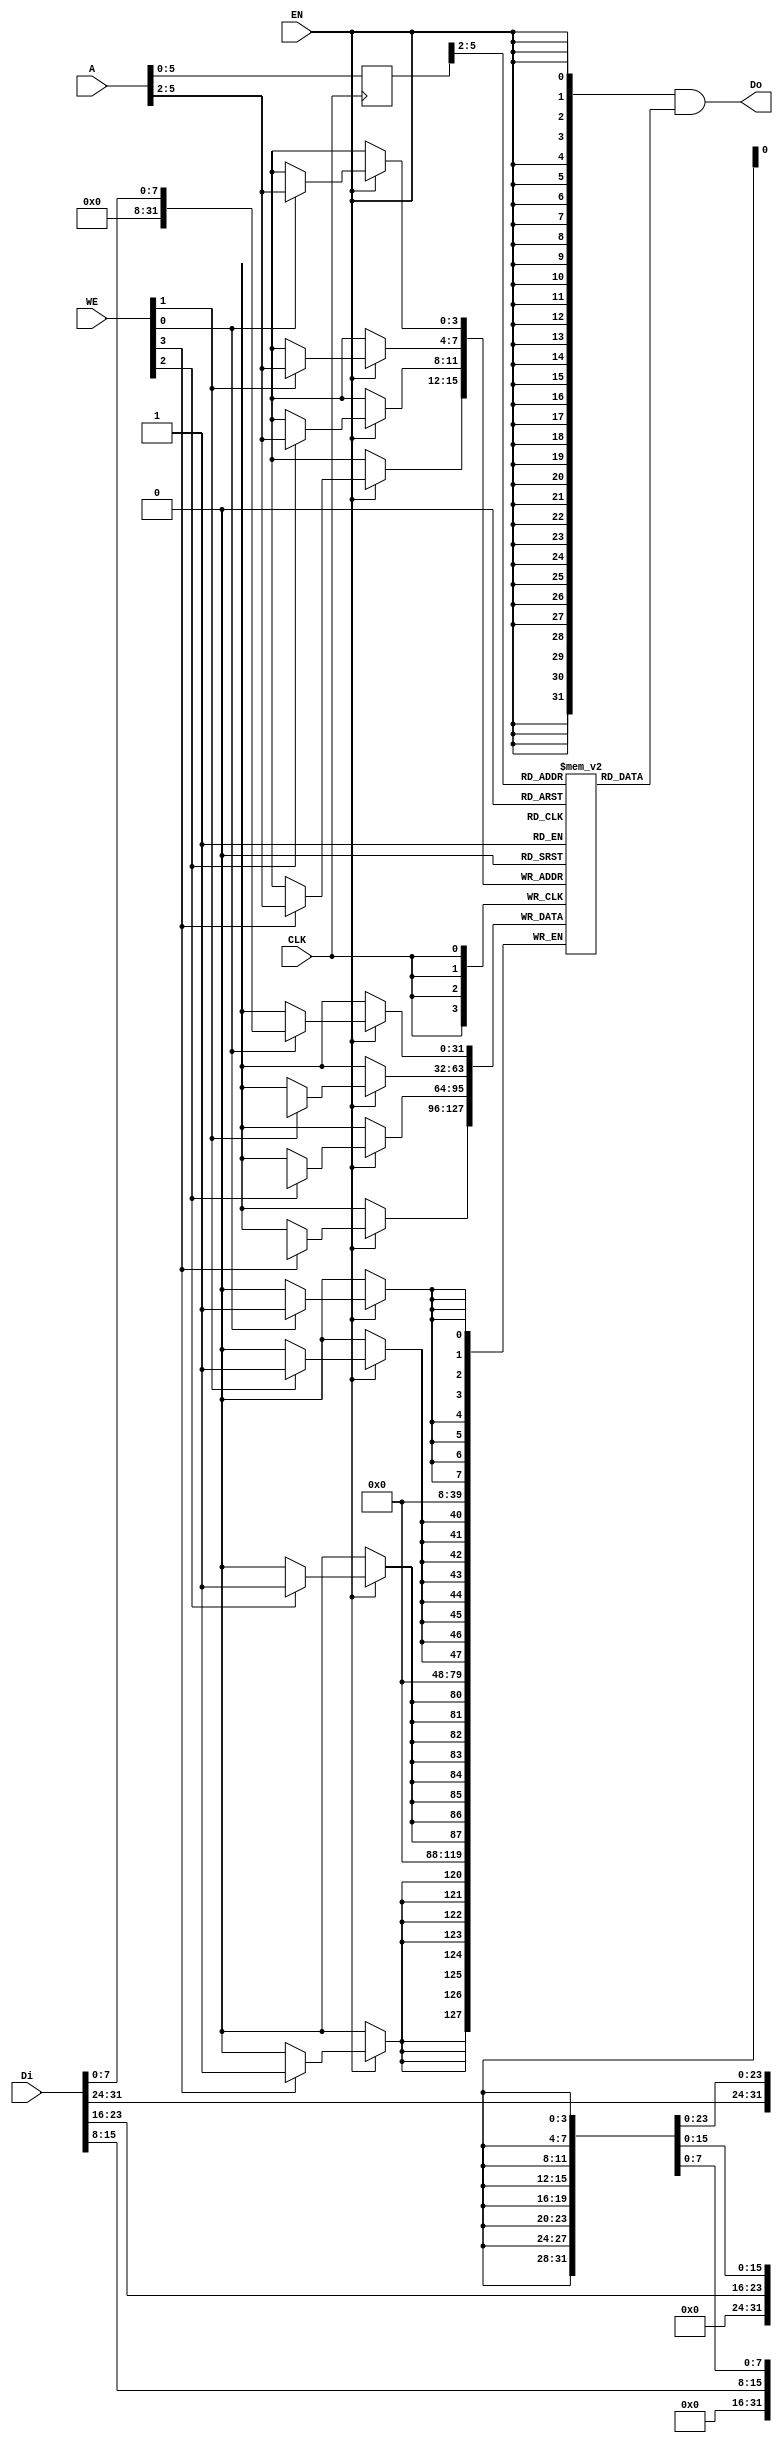
// bram behavior code (can't be synthesis)
// 11 words
module bram11 
(
    CLK,
    WE,
    EN,
    Di,
    Do,
    A
);

    input   wire            CLK;
    input   wire    [3:0]   WE;
    input   wire            EN;
    input   wire    [31:0]  Di;
    output  wire     [31:0]  Do;
    input   wire    [11:0]   A; 

    //  11 words
	reg [31:0] RAM[0:10];
    reg [11:0] r_A;

    always @(posedge CLK) begin
        r_A <= A;
    end

    assign Do = {32{EN}} & RAM[r_A>>2];    // read

    reg [31:0] Temp_D;
    always @(posedge CLK) begin
        if(EN) begin
	    if(WE[0]) RAM[A>>2][7:0] <= Di[7:0];
            if(WE[1]) RAM[A>>2][15:8] <= Di[15:8];
            if(WE[2]) RAM[A>>2][23:16] <= Di[23:16];
            if(WE[3]) RAM[A>>2][31:24] <= Di[31:24];
        end
    end

endmodule